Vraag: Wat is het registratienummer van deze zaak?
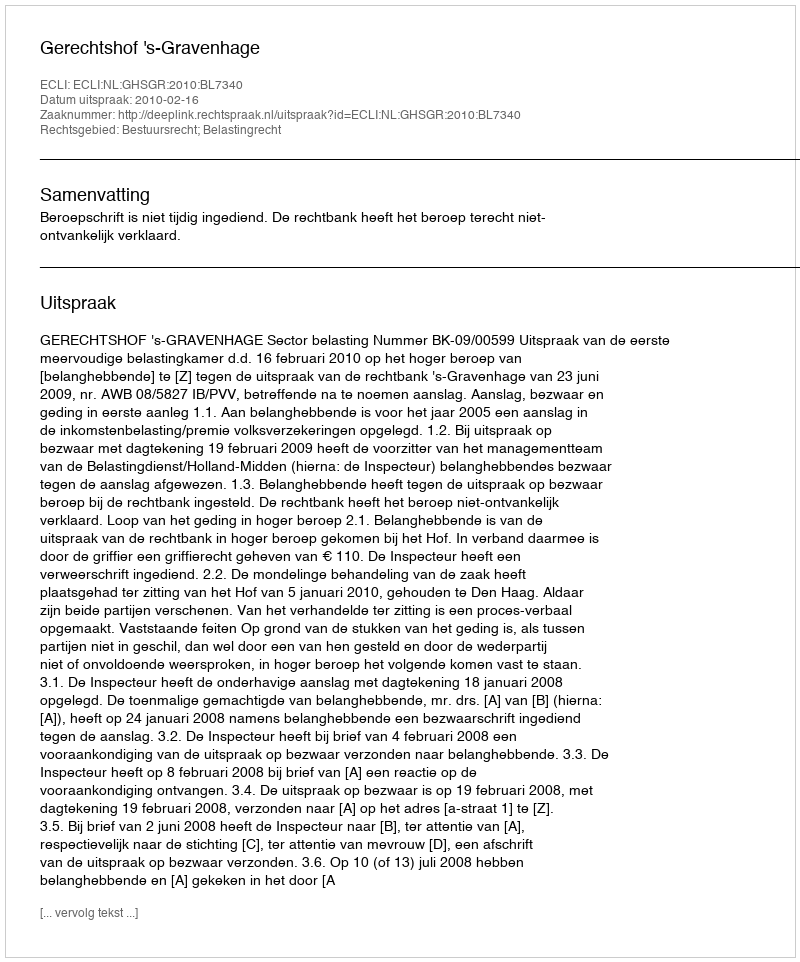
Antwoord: http://deeplink.rechtspraak.nl/uitspraak?id=ECLI:NL:GHSGR:2010:BL7340